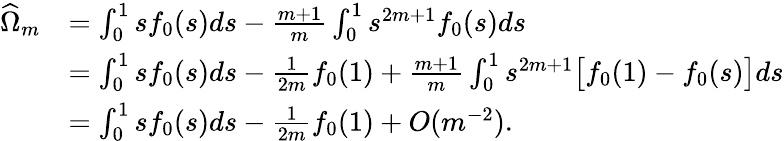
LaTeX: \begin{array}{rl}{\widehat{\Omega}_{m}}&{=\int_{0}^{1}sf_{0}(s)ds-\frac{m+1}{m}\int_{0}^{1}s^{2m+1}f_{0}(s)ds}\\ &{=\int_{0}^{1}sf_{0}(s)ds-\frac{1}{2m}f_{0}(1)+\frac{m+1}{m}\int_{0}^{1}s^{2m+1}\big[f_{0}(1)-f_{0}(s)\big]ds}\\ &{=\int_{0}^{1}sf_{0}(s)ds-\frac{1}{2m}f_{0}(1)+O(m^{-2}).}\end{array}